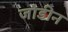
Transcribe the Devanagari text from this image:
जोडीन